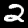
Label: 2